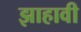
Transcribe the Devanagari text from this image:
झाहावी